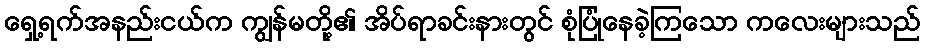
ရှေ့ရက်အနည်းငယ်က ကျွန်မတို့၏ အိပ်ရာခင်းနားတွင် စုံပြုံနေခဲ့ကြသော ကလေးများသည်